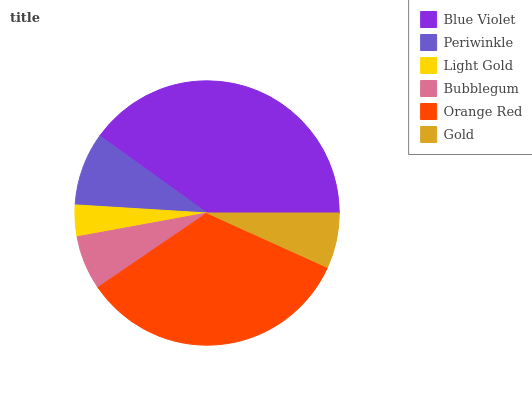
| Blue Violet | Periwinkle | Light Gold | Bubblegum | Orange Red | Gold |
 | --- | --- | --- | --- | --- | --- |
 | 40.1% | 8.94% | 3.85% | 6.65% | 33.7% | 6.76% |